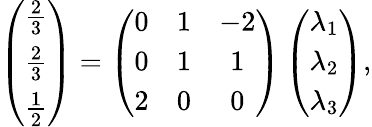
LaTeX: \left(\begin{array}{c}{\frac{2}{3}}\\ {\frac{2}{3}}\\ {\frac{1}{2}}\end{array}\right)=\left(\begin{array}{ccc}{0}&{1}&{-2}\\ {0}&{1}&{1}\\ {2}&{0}&{0}\end{array}\right)\left(\begin{array}{c}{\lambda_{1}}\\ {\lambda_{2}}\\ {\lambda_{3}}\end{array}\right),